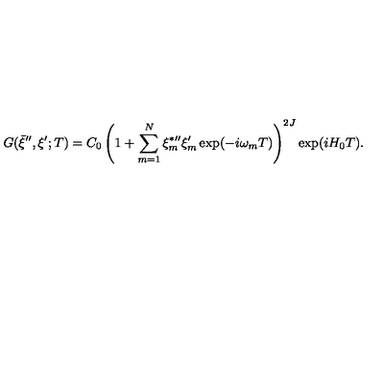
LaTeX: G ( \bar { \xi } ^ { \prime \prime } , \xi ^ { \prime } ; T ) = C _ { 0 } \left( 1 + \sum _ { m = 1 } ^ { N } \xi _ { m } ^ { \ast \prime \prime } \xi _ { m } ^ { \prime } \exp ( - i \omega _ { m } T ) \right) ^ { 2 J } \exp ( i H _ { 0 } T ) .